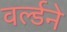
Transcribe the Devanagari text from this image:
वर्ल्डने